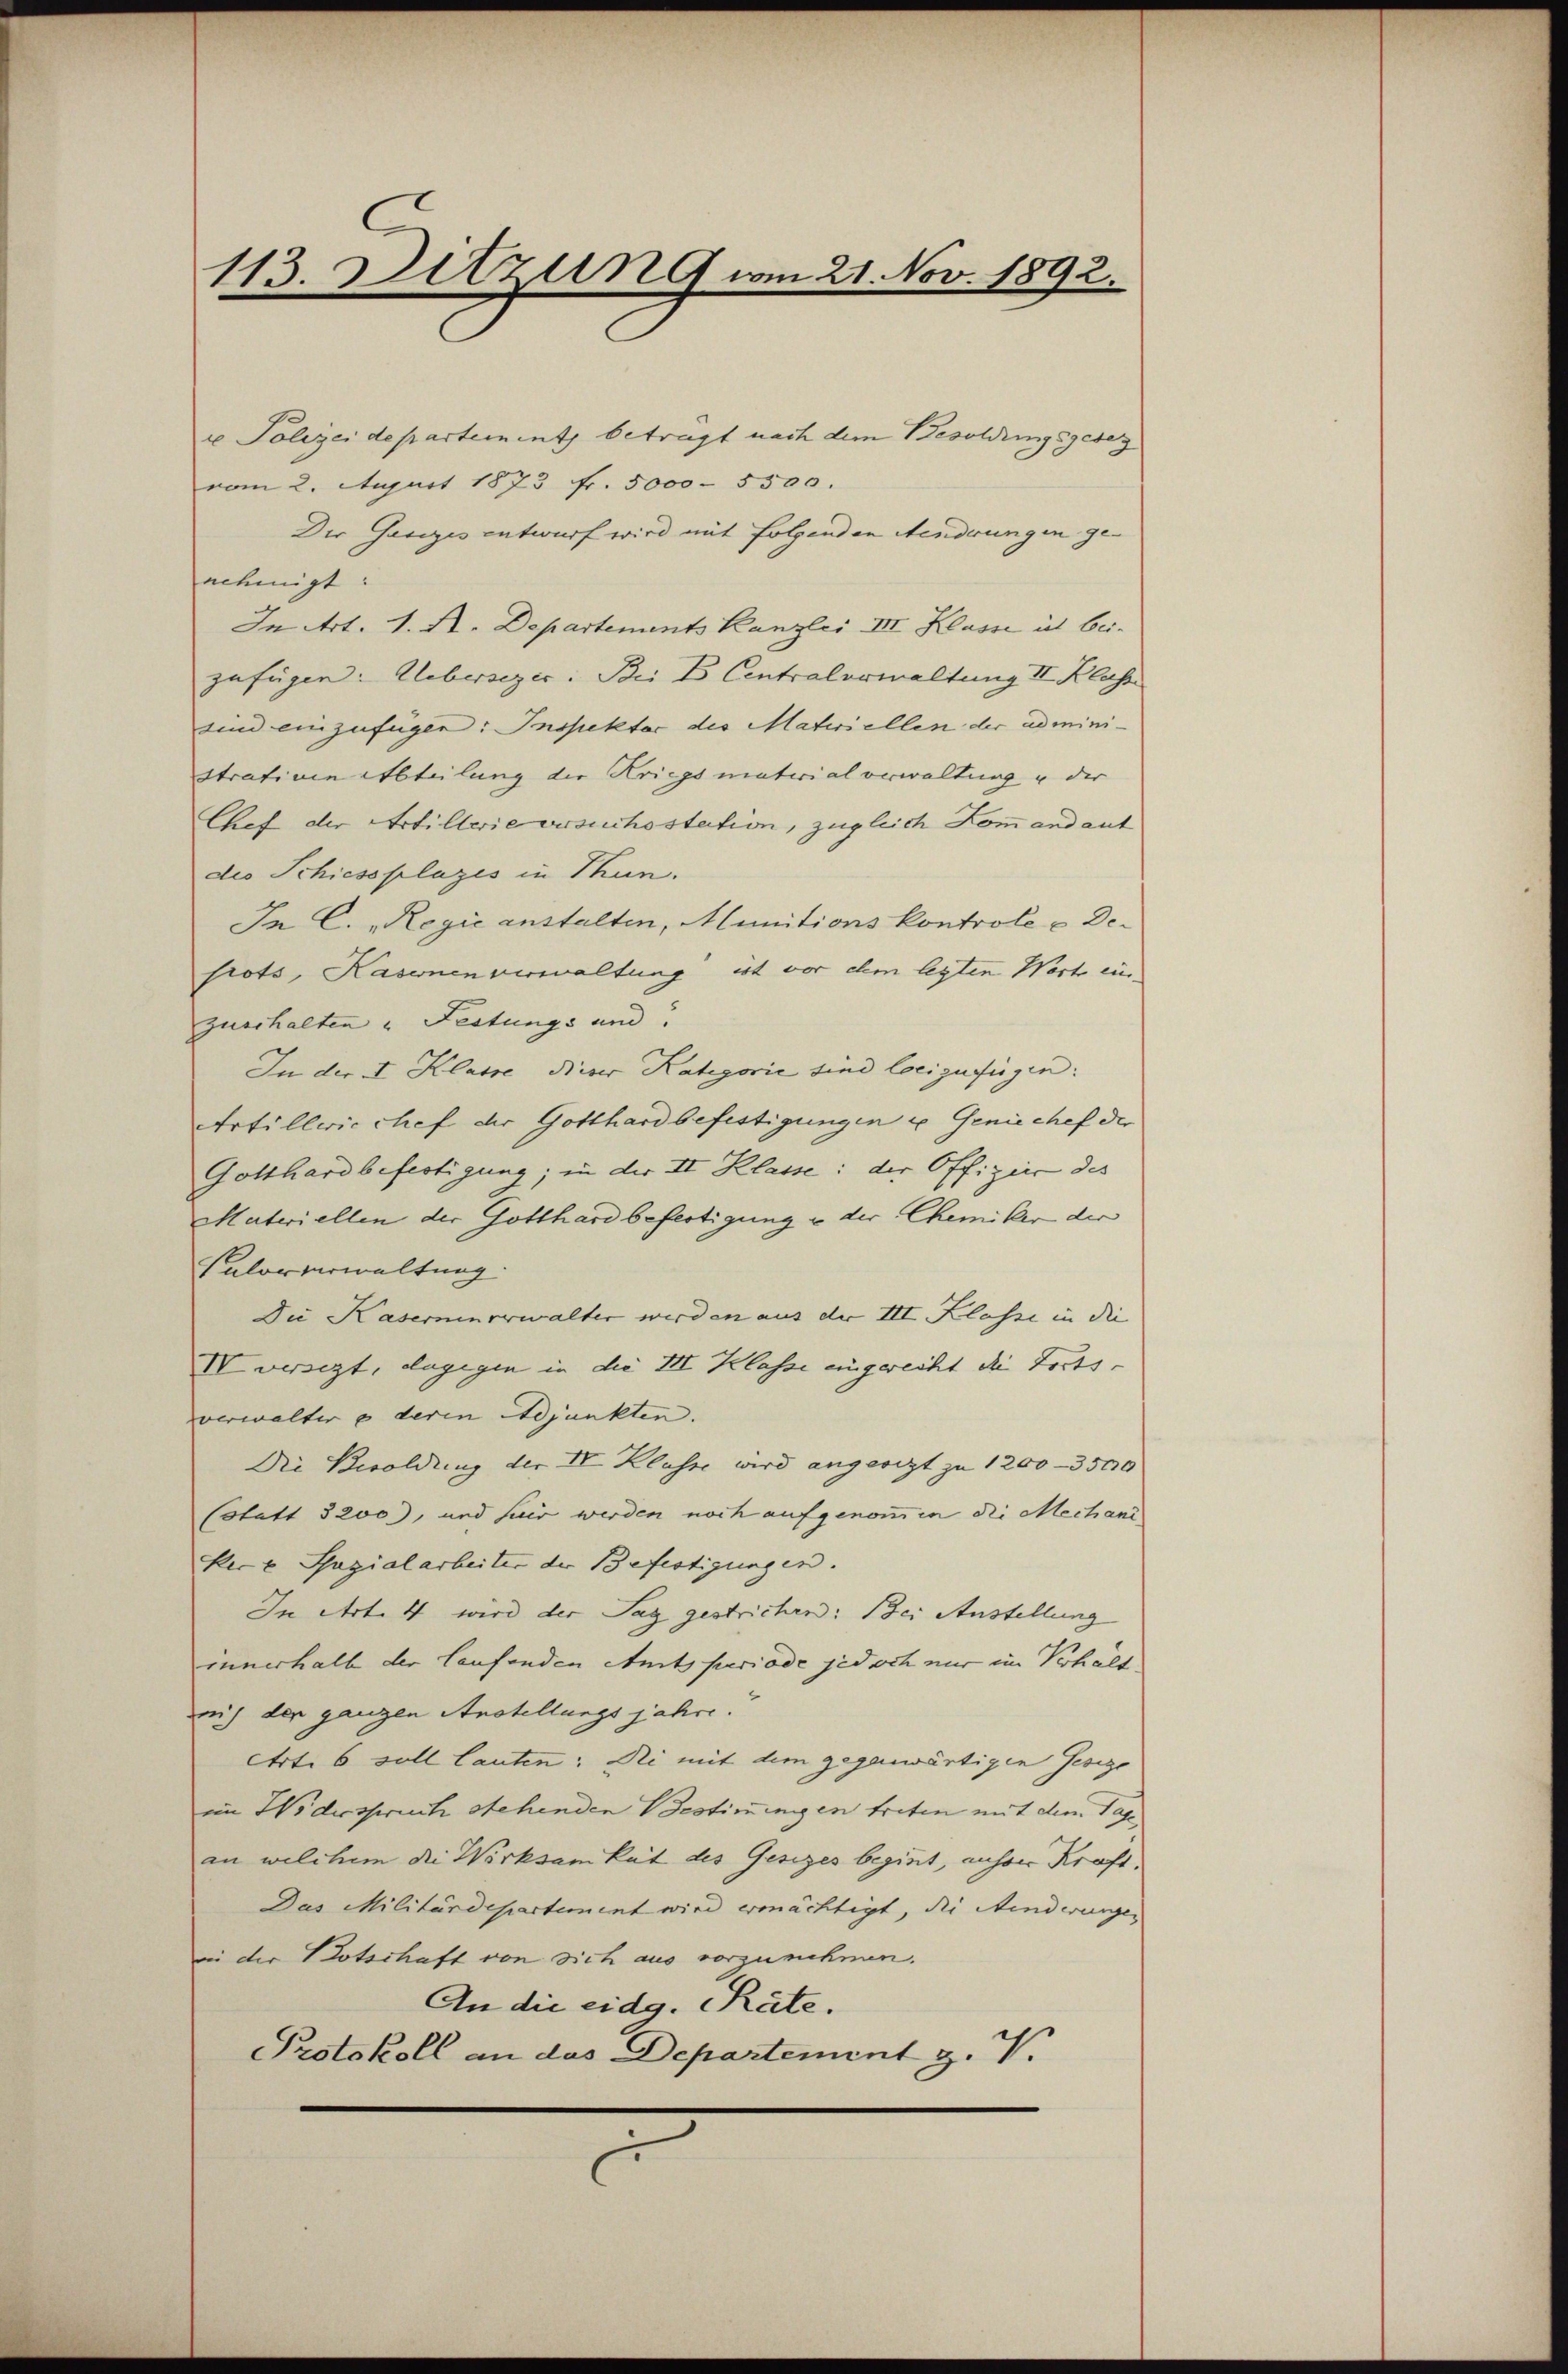
113. Ditzung am 21. Nov. 1892.

u Polizeidepartement beträgt nach dem Besoldungsgesez
vom 2. August 1873 fr. 5000 - 5500.
Der Gesezes entwurf wird mit folgenden Aenderungen genehmigt:
In Art. 1. A. Departements Kanzlei III Klasse ich bei.
zufügen: Uebersezer: Bei B Centralerwaltung II Klasse
sind einzufügen: Inspektor des Materiellen der administrativen Abteilung der Kriegsmaterial verwaltung u der
Chef der Artillerie versuchsstation, zugleich Kommandant
des Schiessplazes in Thun.
In C. Regić anstalten, Munitionskontrole - Desrots, Kasernen verwaltung ist vor ihm legten Wort ein
zuerhalten u Festungs und
In der I. Klasse dieser Kategorie sind locizufügen:
Artillwicchef der Gotthard befestigungen u. Geniechef der
Gotthard befertigung; in der II Klasse: der Offizier des
Materiellen der Gotthard befertigung u der Chemiker der
Palorverwaltung.
Die Kasernenverwalter wird an aus der III Klasse in die |
IV versezt, dagegen in die III Klasse eingereicht die Forts-
verwalter u deren Adjunkten.
Die Besoldung der IV Klasse wird angesezt zu 1200 - 3500
Cotatt 3200), und fuer werden noch aufgenommen die Mechani
Rec v Spazialarbeiter der Befestigungen.
In Art. 4 wird der Tag gestrichen: Bei Austellung
innerhalb der laufenden Amtsperiode jedoch nur im Verhält
aich der ganzen Anstellungsjahre.
Art. 6 soll lauten: Dei mit dem gegenwärtigen Gesige
im Widerspruch stehenden Bestimungen treten mit dem Tag
an welchem die Wirksamkeit des Gesizes beginnt, unser Kraft,
Das Militärdepartement wird ermächtigt, die Minderungen
in der Botschaft von sich aus vorzunehmen.
An die eidg. Räte.
Protokoll an das Departement z. V.